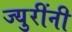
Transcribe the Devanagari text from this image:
ज्युरींनी